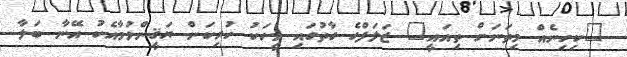
"ކިހިނެއް މިތަނަށް ތިއައީ" ޒަލަފްގެ ގާތުގައި މީހަކު ހުރިކަން ޔަޤީންވުމާއެކު އޭނާ ބަލާ